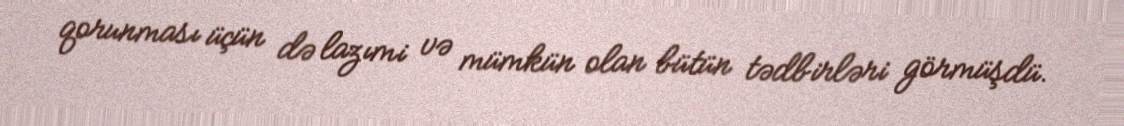
qorunması üçün də lazımi və mümkün olan bütün tədbirləri görmüşdü.